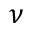
\nu